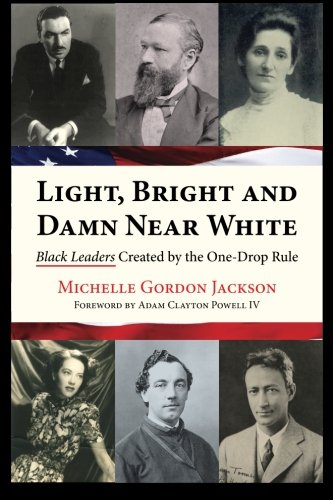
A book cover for Light, Bright and Damn Near White: Black Leaders Created by the One-Drop Rule; Michelle Gordon Jackson; History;